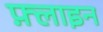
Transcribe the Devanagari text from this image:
फ़्लाइन